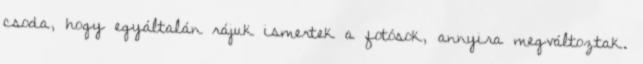
csoda, hogy egyáltalán rájuk ismertek a fotósok, annyira megváltoztak.